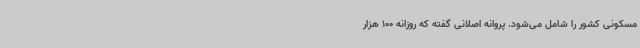
مسکونی کشور را شامل می‌شود. پروانه اصلانی گفته که روزانه 100 هزار